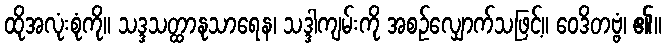
ထိုအလုံးစုံကို။ သဒ္ဒသတ္ထာနုသာရေန၊ သဒ္ဒါကျမ်းကို အစဉ်လျှောက်သဖြင့်။ ဝေဒိတဗ္ဗံ၊ ၏။